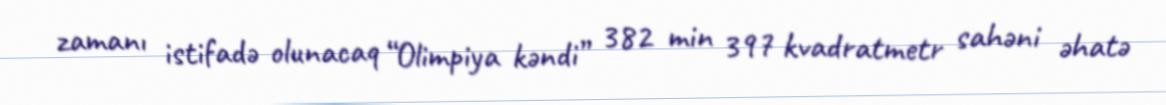
zamanı istifadə olunacaq “Olimpiya kəndi” 382 min 397 kvadratmetr sahəni əhatə